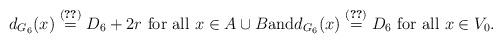
LaTeX: \begin{align*} d_{G_6}(x)\stackrel{(\ref{degrees5zz})}{=}D_6+2r \mbox{ for all } x \in A \cup B \mbox{and} d_{G_6}(x)\stackrel{(\ref{degrees5zz})}{=}D_6 \mbox{ for all } x \in V_0.\end{align*}